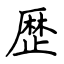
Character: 歴